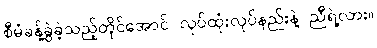
စီမံခန့်ခွဲခဲ့သည့်တိုင်အောင် လုပ်ထုံးလုပ်နည်းနဲ့ ညီရဲ့လား။